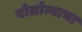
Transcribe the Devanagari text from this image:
बोलोन्याचा